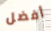
أفضل